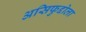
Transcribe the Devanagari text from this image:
असिफुद्दोला